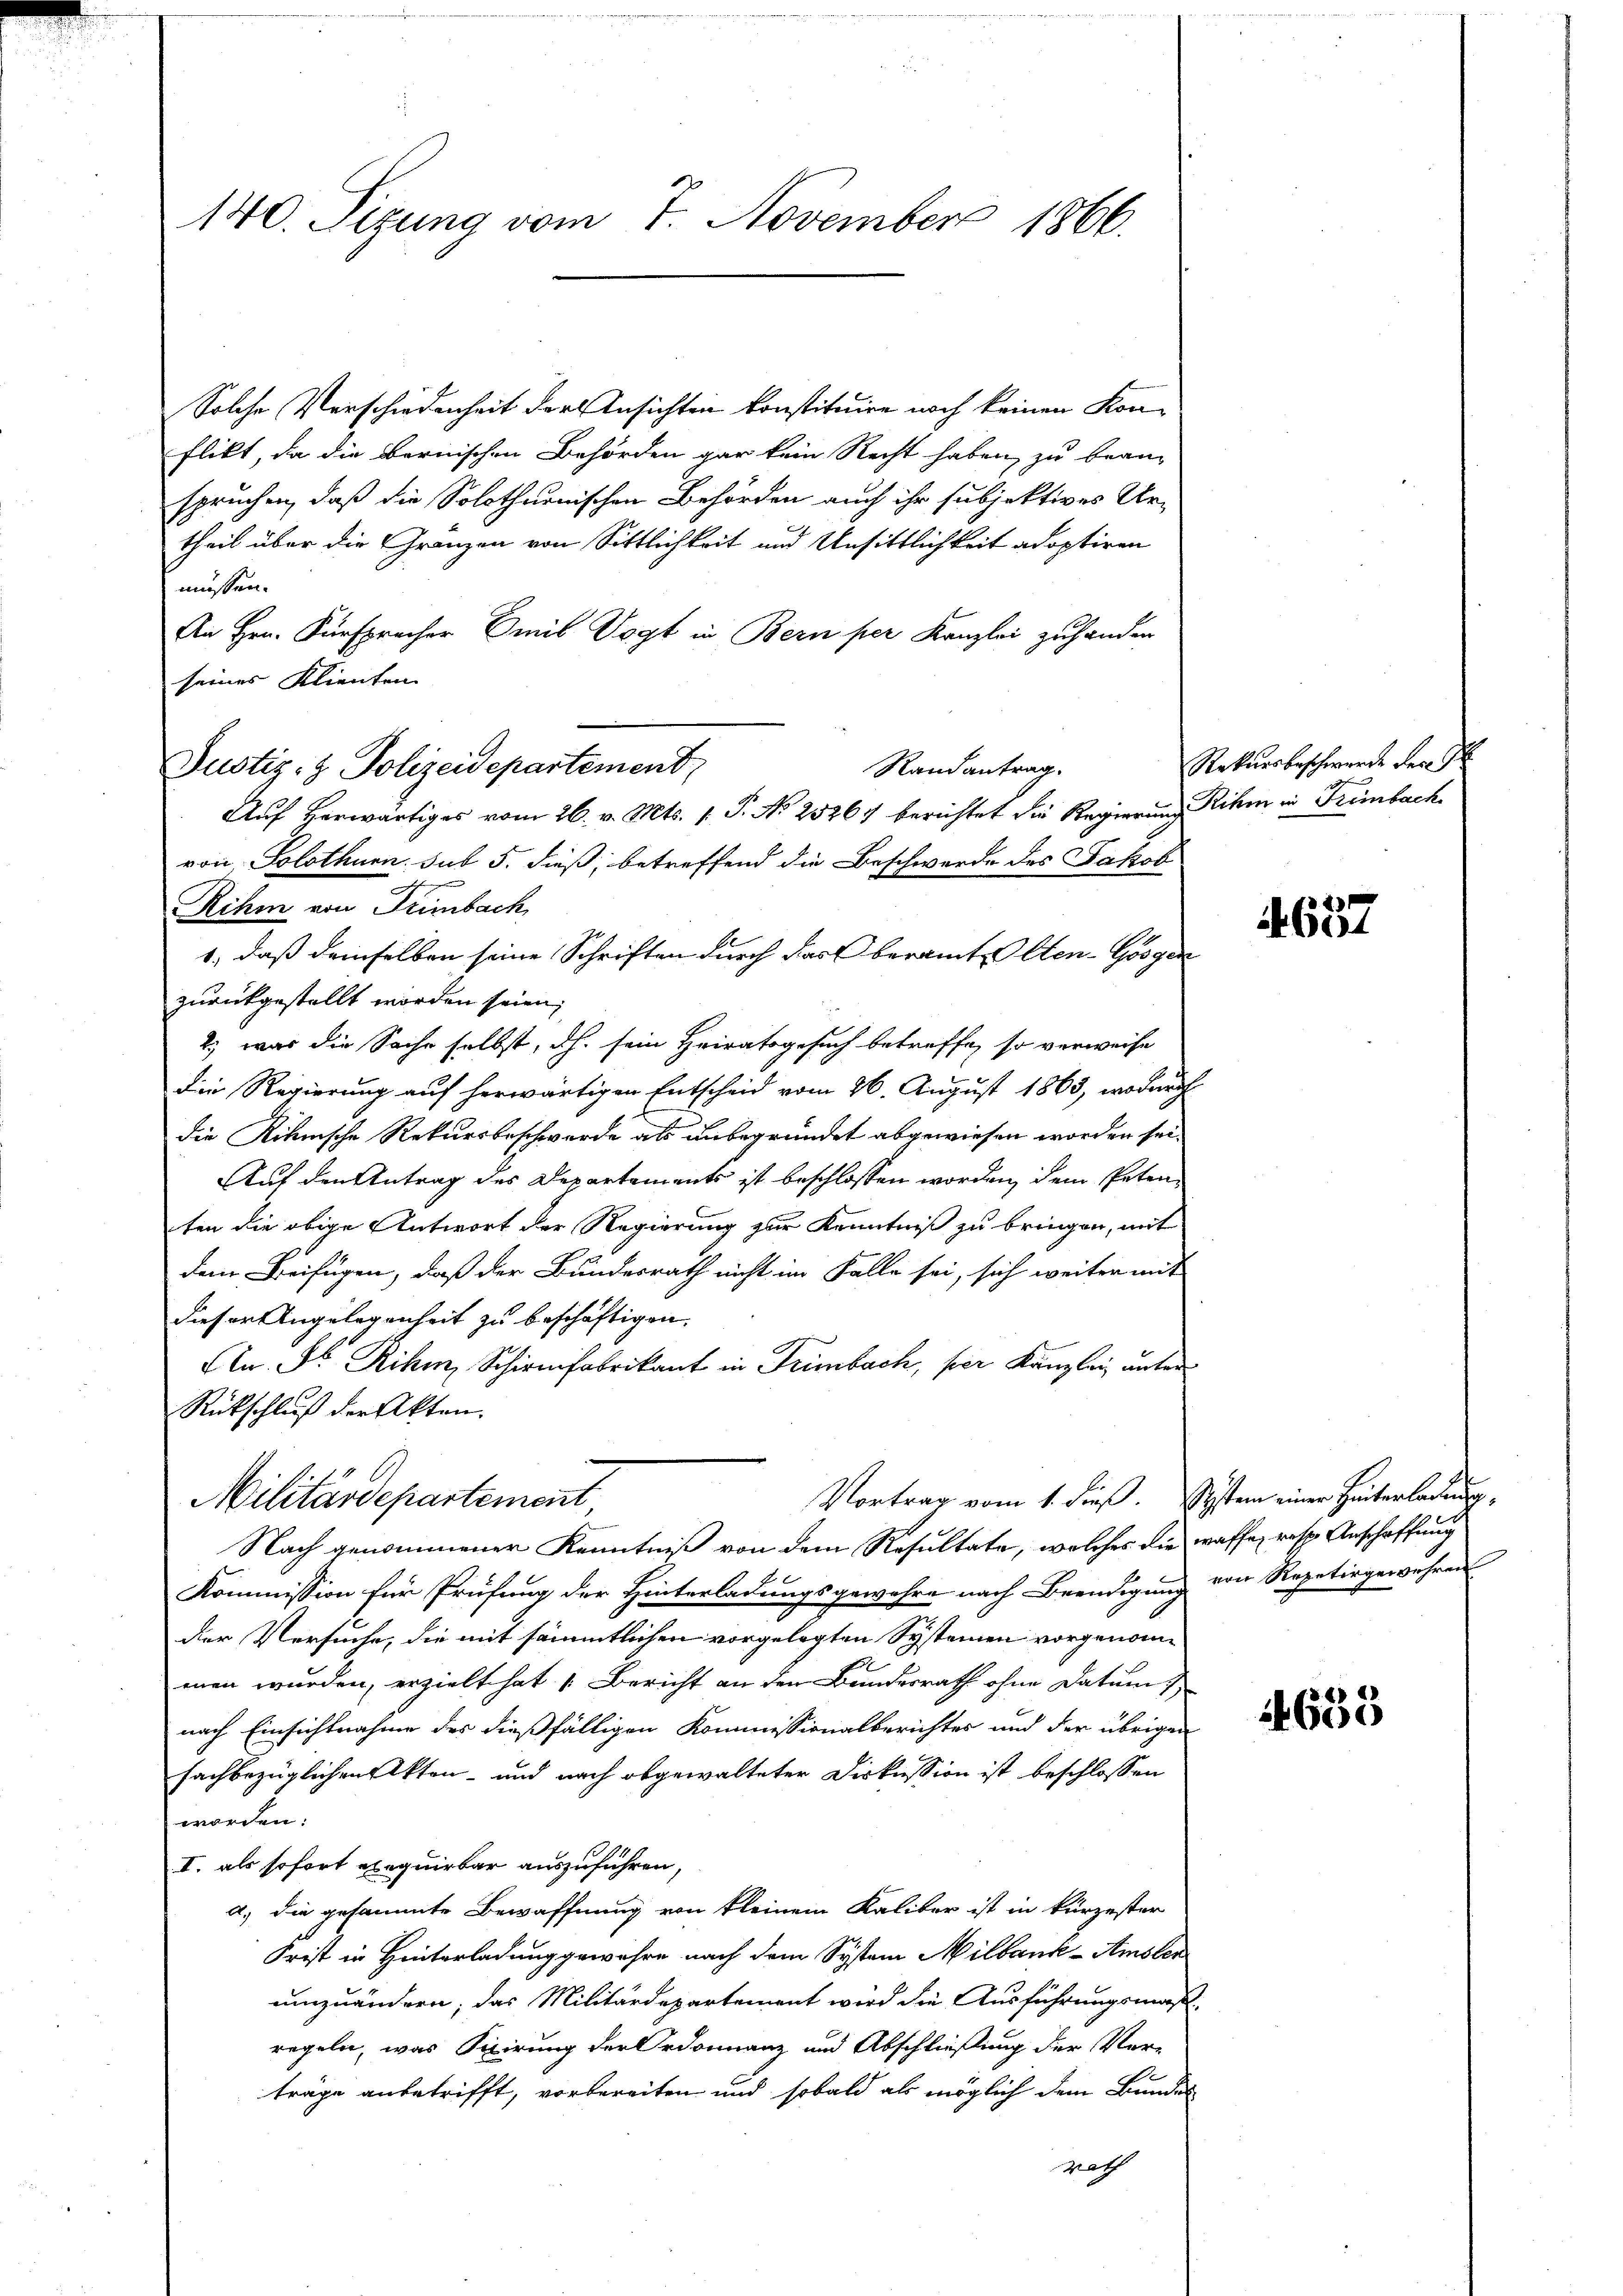
140. Seizung vom 7. November 1866.

Solche Verschiedenheit der Ansichten konstituire noch keinen Konflikt, da die Bernischen Behörden gar kein Recht haben, zu bean-
spruchen, daß die Solothurnischen Behörden auch ihr subjektives Urtheil über die Gränzen von Sittlichkeit und Unsittlichkeit adoptiren
müssen.
An Hrn. Fürsprecher Emil Vogt in Bern per Kanzlei zuhanden
seines Klienten
Randantrag.
Auf herwärtiges vom 26. v. Mts. 1. P. No 25267 berichtet die Regierung ihm in Trimbach
von Solothurn sub 5. dieß, betreffend die Beschwerde des Jakob
1., daß demselben seine Schriften durch das Oberamte Aen-Googen
zurückgestellt worden seien,
2., was die Sache selbst, dh. sein Heiratsgesuch betreffe, so verweise
die Regierung auf herwärtigen Entscheid vom 26. August 1863, wodurch
die Rihnische Rekursbeschwerde als unbegründet abgewiesen worden sei.
Auf den Antrag des Departements ist beschlossen worden, dem Petenten die obige Antwort der Regierung zur Kenntniß zu bringen, mit
dem Beifügen, daß der Bundesrath nicht im Falle sei, sich weiter mit
dieser Angelegenheit zu beschäftigen.
Ktn. So Rihm, Schirmfabrikant in Trimbach, per Kanzley unter¬
Rückschluß der Akten.
Vortrag vom 1. dieß. System einer Hinterladung,
Militärdepartement,
Nach genommener Kenntniß von dem Resultate, welches die waffe, resp. Anschaffung
Kommission für Prüfung der Hinterladungsgewahre nach Beendigung von Repetirgewähren
der Versuche, die mit sämmtlichen vorgelegten Systemen vorgenommen wurden, erzielt hat Bericht an den Bundesrath ohne Datum
nach Einsichtnahme des dießfälligen Kommissionalberichtes und der übrigen
sachbezüglichen Akten- und nach abgewalteter Diskussion ist beschlossen
worden:
I. als sofort exequirbar auszuführen,
a.) die gesammte Bewaffnung von kleinem Kaliber ist in kürzester
Frist in Hinterladung gewehre nach dem System Milbank-Amsler
umzuändern, das Militärdepartement wird die Ausführungsmaßregeln, was Fixirung der Ordonnanz und Abschließung der Ver-
träge anbetrifft, vorbereiten und sobald als möglich dem Bundes
Graff

Justiz- & Polizeidepartement,
.
Rihm von Seimbach

Rekursbeschwerde der S

657

1635